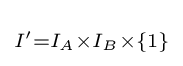
\scriptstyle I'=I_{A}\times I_{B}\times \{1\}